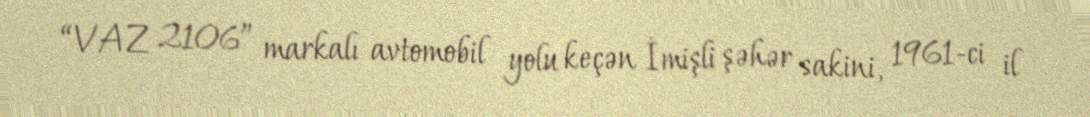
“VAZ 2106” markalı avtomobil yolu keçən İmişli şəhər sakini, 1961-ci il